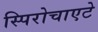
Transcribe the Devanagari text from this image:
स्पिरोचाएटे